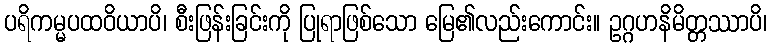
ပရိကမ္မပထဝိယာပိ၊ စီးဖြန်းခြင်းကို ပြုရာဖြစ်သော မြေ၏လည်းကောင်း။ ဥဂ္ဂဟနိမိတ္တဿာပိ၊